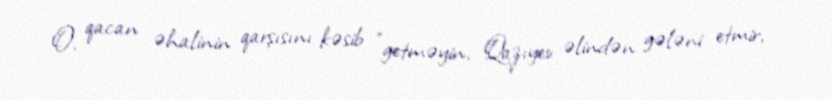
O, qacan əhalinin qarşısını kəsib ”getməyin, Qazıyev əlindən gələni etmir,